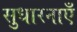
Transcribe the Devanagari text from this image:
सुधारनाएँ